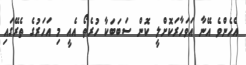
އެހެންވެ އޭނާ އަވަހާރަކޮށްލީ ކޮން ސަބަބަކާ ހުރެތޯ އެއީ މި އަހަރުގެ ތެރޭގައި